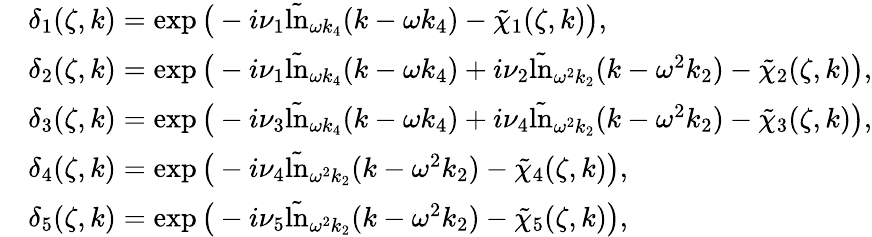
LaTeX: \begin{array}{rl}&{\delta_{1}(\zeta,k)=\exp\big(-i\nu_{1}\tilde{\ln}_{\omega k_{4}}(k-\omega k_{4})-\tilde{\chi}_{1}(\zeta,k)\big),}\\ &{\delta_{2}(\zeta,k)=\exp\big(-i\nu_{1}\tilde{\ln}_{\omega k_{4}}(k-\omega k_{4})+i\nu_{2}\tilde{\ln}_{\omega^{2}k_{2}}(k-\omega^{2}k_{2})-\tilde{\chi}_{2}(\zeta,k)\big),}\\ &{\delta_{3}(\zeta,k)=\exp\big(-i\nu_{3}\tilde{\ln}_{\omega k_{4}}(k-\omega k_{4})+i\nu_{4}\tilde{\ln}_{\omega^{2}k_{2}}(k-\omega^{2}k_{2})-\tilde{\chi}_{3}(\zeta,k)\big),}\\ &{\delta_{4}(\zeta,k)=\exp\big(-i\nu_{4}\tilde{\ln}_{\omega^{2}k_{2}}(k-\omega^{2}k_{2})-\tilde{\chi}_{4}(\zeta,k)\big),}\\ &{\delta_{5}(\zeta,k)=\exp\big(-i\nu_{5}\tilde{\ln}_{\omega^{2}k_{2}}(k-\omega^{2}k_{2})-\tilde{\chi}_{5}(\zeta,k)\big),}\end{array}